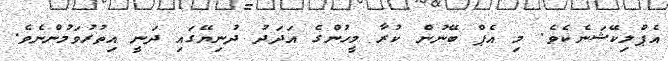
އެޕްލިކޭޝަނެކެވެ. މި އެޕް ބޭނުން ކުރާ މީހުންގެ އަދަދު ދުނިޔޭގައި ދަނީ އިތުރުވަމުންނެވެ.